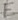
Text: E